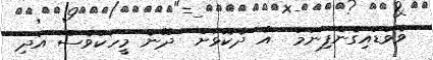
ވެވަޑައިގެންފިނަމަަ  އާ ދެކޮޅަށް  ދޭނެ މީހަކުވެސް އަދި